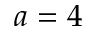
a = 4